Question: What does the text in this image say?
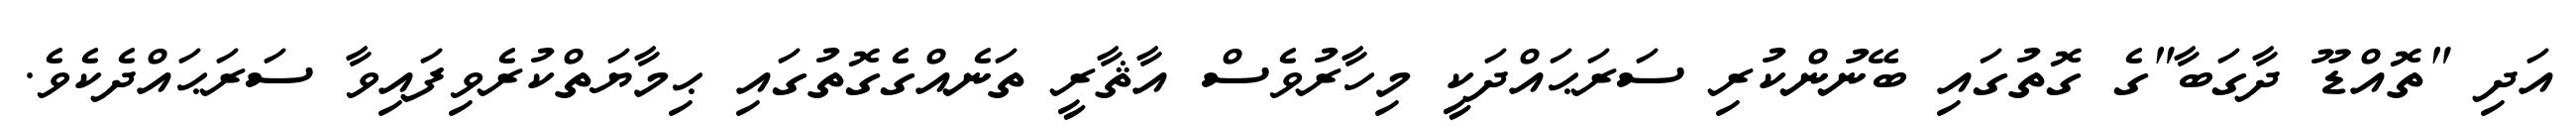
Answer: އަދި "ތޮއްޑޫ ދާގަބާ"ގެ ގޮތުގައި ބޭނުންކުރި ސަރަޙައްދަކީ މިހާރުވެސް އާޘާރީ ތަނެއްގެގޮތުގައި ޙިމާޔަތްކުރެވިފައިވާ ސަރަޙައްދެކެވެ.